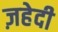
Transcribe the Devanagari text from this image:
ज़हेदी